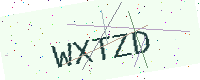
Text: WXTZD